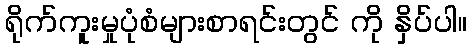
ရိုက်ကူးမှုပုံစံများစာရင်းတွင် ကို နှိပ်ပါ။